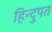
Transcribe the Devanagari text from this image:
हिन्दुपत